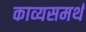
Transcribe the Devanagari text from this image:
काव्यसमर्थ